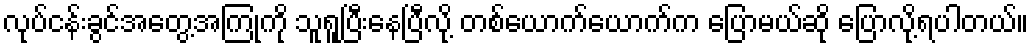
လုပ်ငန်းခွင်အတွေ့အကြုံကို သူရူပြီးနေပြီလို့ တစ်ယောက်ယောက်က ပြောမယ်ဆို ပြောလို့ရပါတယ်။